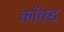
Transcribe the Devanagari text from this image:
कॉक्ड